Museums and galleries and the schools, 1932
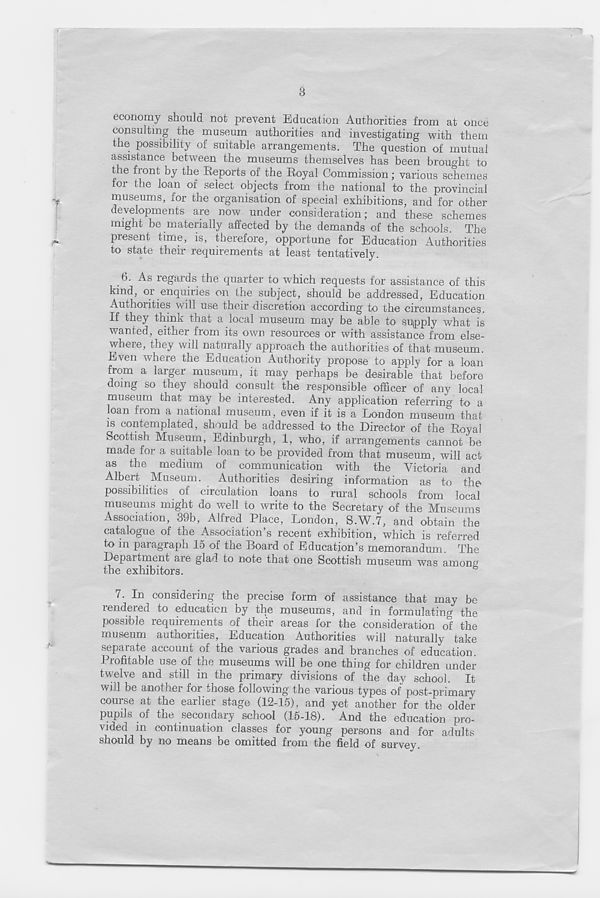
3
economy should not prevent Education Authorities from at once
consulting the museum authorities and investigating with them
the possibility of suitable arrangements. The question of mutual
assistance between the museums themselves has been brought to
the fiont by the Reports of the Royal Commission; various schemes
tor the loan of select objects from the national to the provincial
museums, for the organisation of special exhibitions, and for other
developments are now under consideration; and these schemes
might be materially affected by the demands of the schools The
present time, is, therefore, opportune for Education Authorities
to state their requirements at least tentatively.
6. As regards the quarter to which requests for assistance of this
kind, 01 enquiries on the subject, should be addressed, Education
Authorities will use their discretion according to the circumstances.
If they think that a local museum may be able to supply what is
wanted, either from its own resources or with assistance from else-
where, they will naturally approach the authorities of that museum.
Even where the Education Authority propose to apply for a loan
from a larger museum, it may perhaps be desirable that before
doing so they should consult the responsible officer of any local
museum that may be interested. Any application referring to a
loan fiom a national museum, even if it is a London museum that
is contemplated, should be addressed to the Director of the Royal
Scottish Museum, Edinburgh, 1, who, if arrangements cannot be
made for a suitable loan to be provided from that museum, will act
as the medium of communication with the Victoria and
Albert Museum. Authorities desiring information as to the
possibilities of circulation loans to rural schools from local
museums might do well to write to the Secretary of the Museums
Association, 39b, Alfred Place, London, S.W.7, and obtain the
catalogue of the Association’s recent exhibition, which is referred
to in paragraph 15 of the Board of Education’s memorandum. The
Department are glad to note that one Scottish museum was among
the exhibitors.
7. In considering the precise form of assistance that may be
rendered to education by the museums, and in formulating the
possible requirements of their areas for the consideration of the
museum authorities, Education Authorities will naturally take
separate account of the various grades and branches of education.
Profitable use of the museums will be one thing for children under
twelve and still in the primary divisions of the day school. It
will be another for those following the various types of post-primary
course at the earlier stage (12-15), and yet another for the older
pupils of the secondary school (15-18). And the education pro-
vided m continuation classes for young persons and for adults
should by no means be omitted from the field of survey